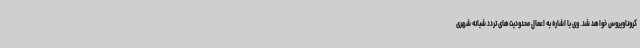
کروناویروس خواهد شد. وی با اشاره به اعمال محدودیت‌های تردد شبانه شهری